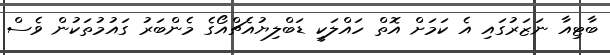
ބާޓިއާ ނަޒަރުގައި އެ ކަމަށް އޮތް ހައްލަކީ ޑަބްލިޔުއެޗްއޯގެ މެންބަރު ގައުމުތަކުން ވެސް